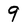
Character: 9